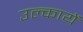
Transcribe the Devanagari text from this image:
उल्कायें